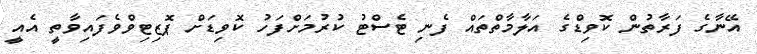
އޭނާގެ ފަރާތުން ކޮވިޑްގެ އަލާމާތްތައް ފެނި ޓެސްޓު ކުރުމަށްފަހު ކޮވިޑަށް ޕޮޒިޓިވްވެފައިވާތީ އެއީ